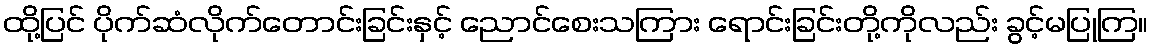
ထို့ပြင် ပိုက်ဆံလိုက်တောင်းခြင်းနှင့် ညောင်စေးသကြား ရောင်းခြင်းတို့ကိုလည်း ခွင့်မပြုကြ။